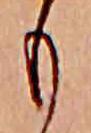
も